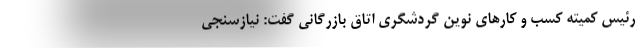
رئیس کمیته کسب و کارهای نوین گردشگری اتاق بازرگانی گفت: نیازسنجی